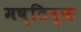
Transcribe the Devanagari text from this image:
मष्‍तिष्‍क